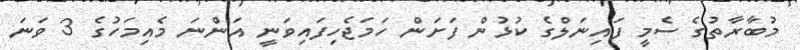
މުބާރާތުގެ ސެމީ ފައިނަލްގެ ކުޅުން ފަށަން ހަމަޖެހިފައިވަނީ އަންނަ މެއިމަހުގެ 3 ވަނަ